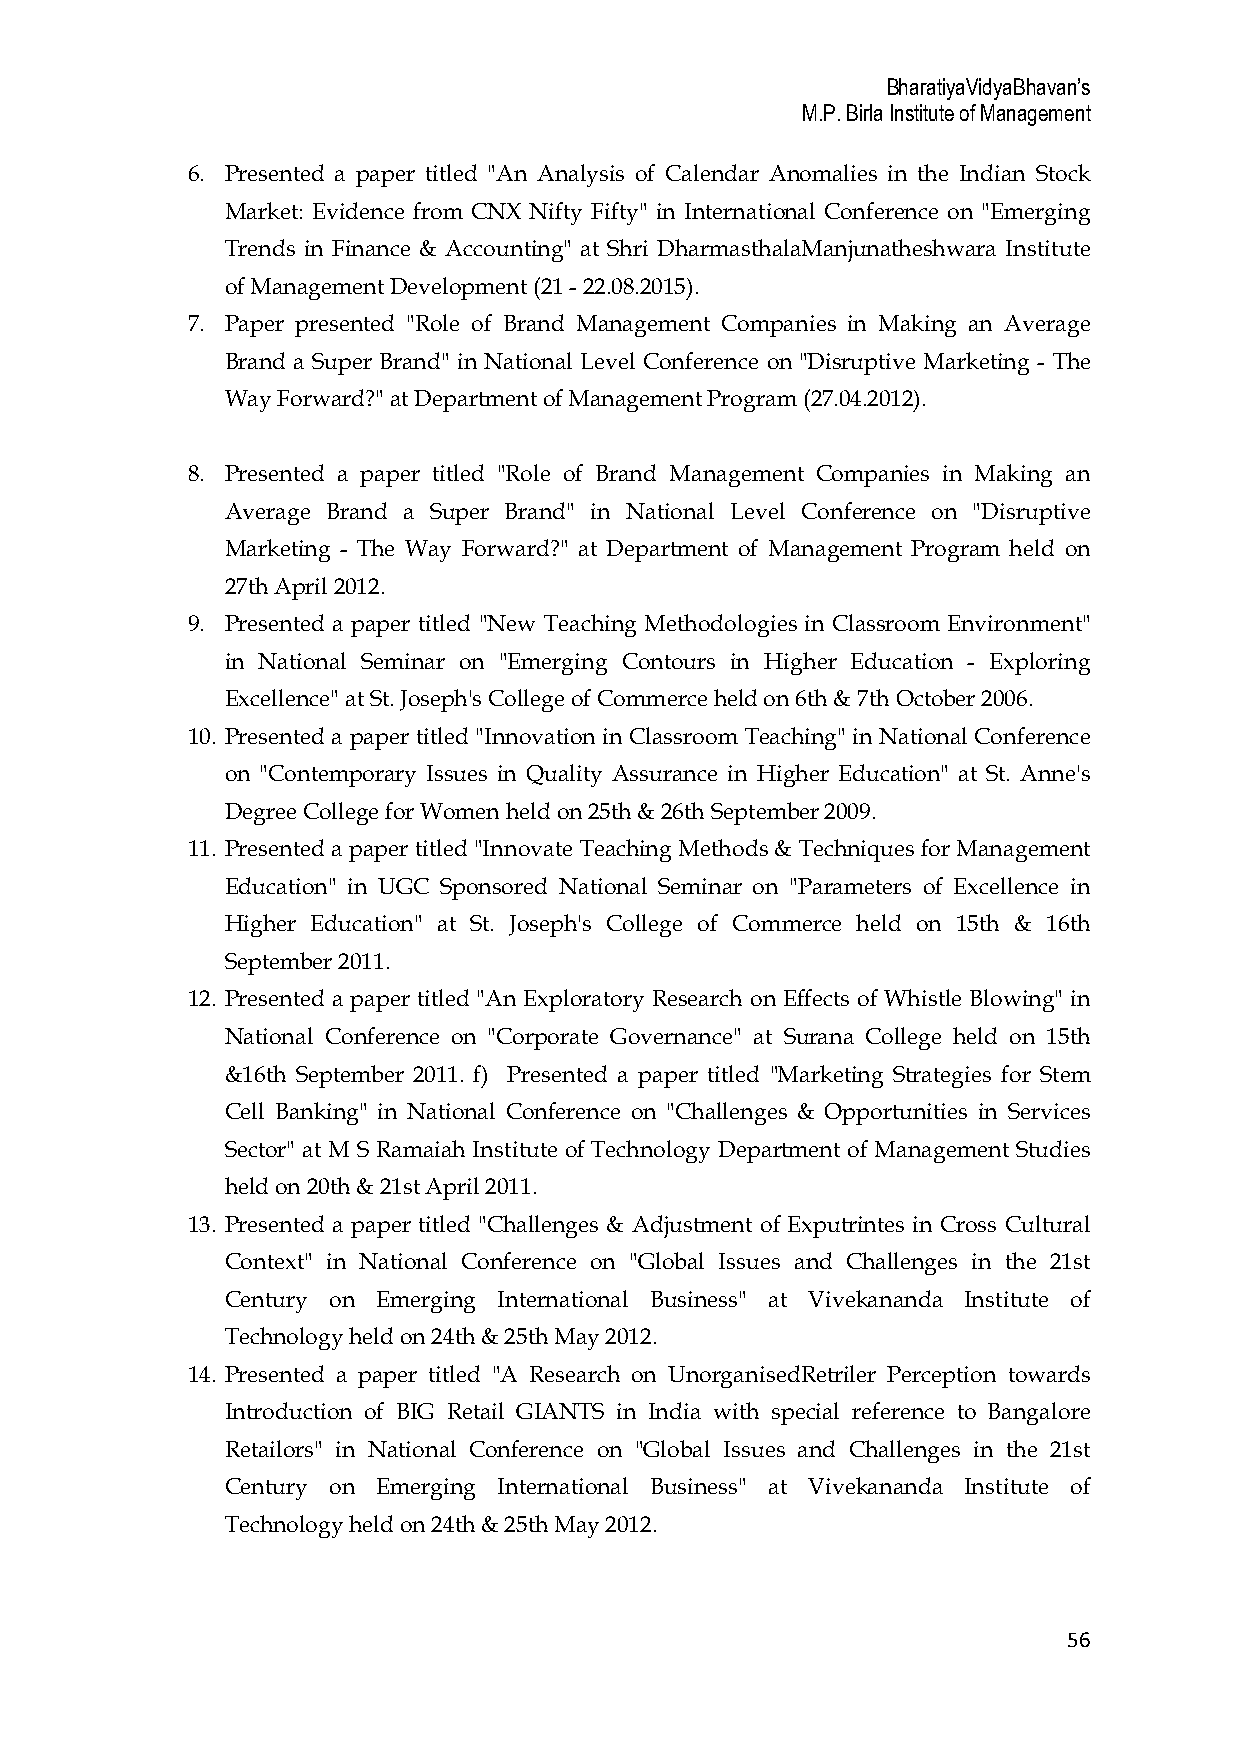
BharatiyaVidyaBhavan’s
 M.P. Birla Institute of Management
 6. Presented a paper titled "An Analysis of Calendar Anomalies in the Indian Stock
 Market: Evidence from CNX Nifty Fifty" in International Conference on "Emerging
 Trends in Finance & Accounting" at Shri DharmasthalaManjunatheshwara Institute
 of Management Development (21 - 22.08.2015).
 7. Paper presented "Role of Brand Management Companies in Making an Average
 Brand a Super Brand" in National Level Conference on "Disruptive Marketing - The
 Way Forward?" at Department of Management Program (27.04.2012).
 8. Presented a paper titled "Role of Brand Management Companies in Making an
 Average Brand a Super Brand" in National Level Conference on "Disruptive
 Marketing - The Way Forward?" at Department of Management Program held on
 27th April 2012.
 9. Presented a paper titled "New Teaching Methodologies in Classroom Environment"
 in National Seminar on "Emerging Contours in Higher Education - Exploring
 Excellence" at St. Joseph's College of Commerce held on 6th & 7th October 2006.
 10. Presented a paper titled "Innovation in Classroom Teaching" in National Conference
 on "Contemporary Issues in Quality Assurance in Higher Education" at St. Anne's
 Degree College for Women held on 25th & 26th September 2009.
 11. Presented a paper titled "Innovate Teaching Methods & Techniques for Management
 Education" in UGC Sponsored National Seminar on "Parameters of Excellence in
 Higher Education" at St. Joseph's College of Commerce held on 15th & 16th
 September 2011.
 12. Presented a paper titled "An Exploratory Research on Effects of Whistle Blowing" in
 National Conference on "Corporate Governance" at Surana College held on 15th
 &16th September 2011. f) Presented a paper titled "Marketing Strategies for Stem
 Cell Banking" in National Conference on "Challenges & Opportunities in Services
 Sector" at M S Ramaiah Institute of Technology Department of Management Studies
 held on 20th & 21st April 2011.
 13. Presented a paper titled "Challenges & Adjustment of Exputrintes in Cross Cultural
 Context" in National Conference on "Global Issues and Challenges in the 21st
 Century on Emerging International Business" at Vivekananda Institute of
 Technology held on 24th & 25th May 2012.
 14. Presented a paper titled "A Research on UnorganisedRetriler Perception towards
 Introduction of BIG Retail GIANTS in India with special reference to Bangalore
 Retailors" in National Conference on "Global Issues and Challenges in the 21st
 Century on Emerging International Business" at Vivekananda Institute of
 Technology held on 24th & 25th May 2012.
 56